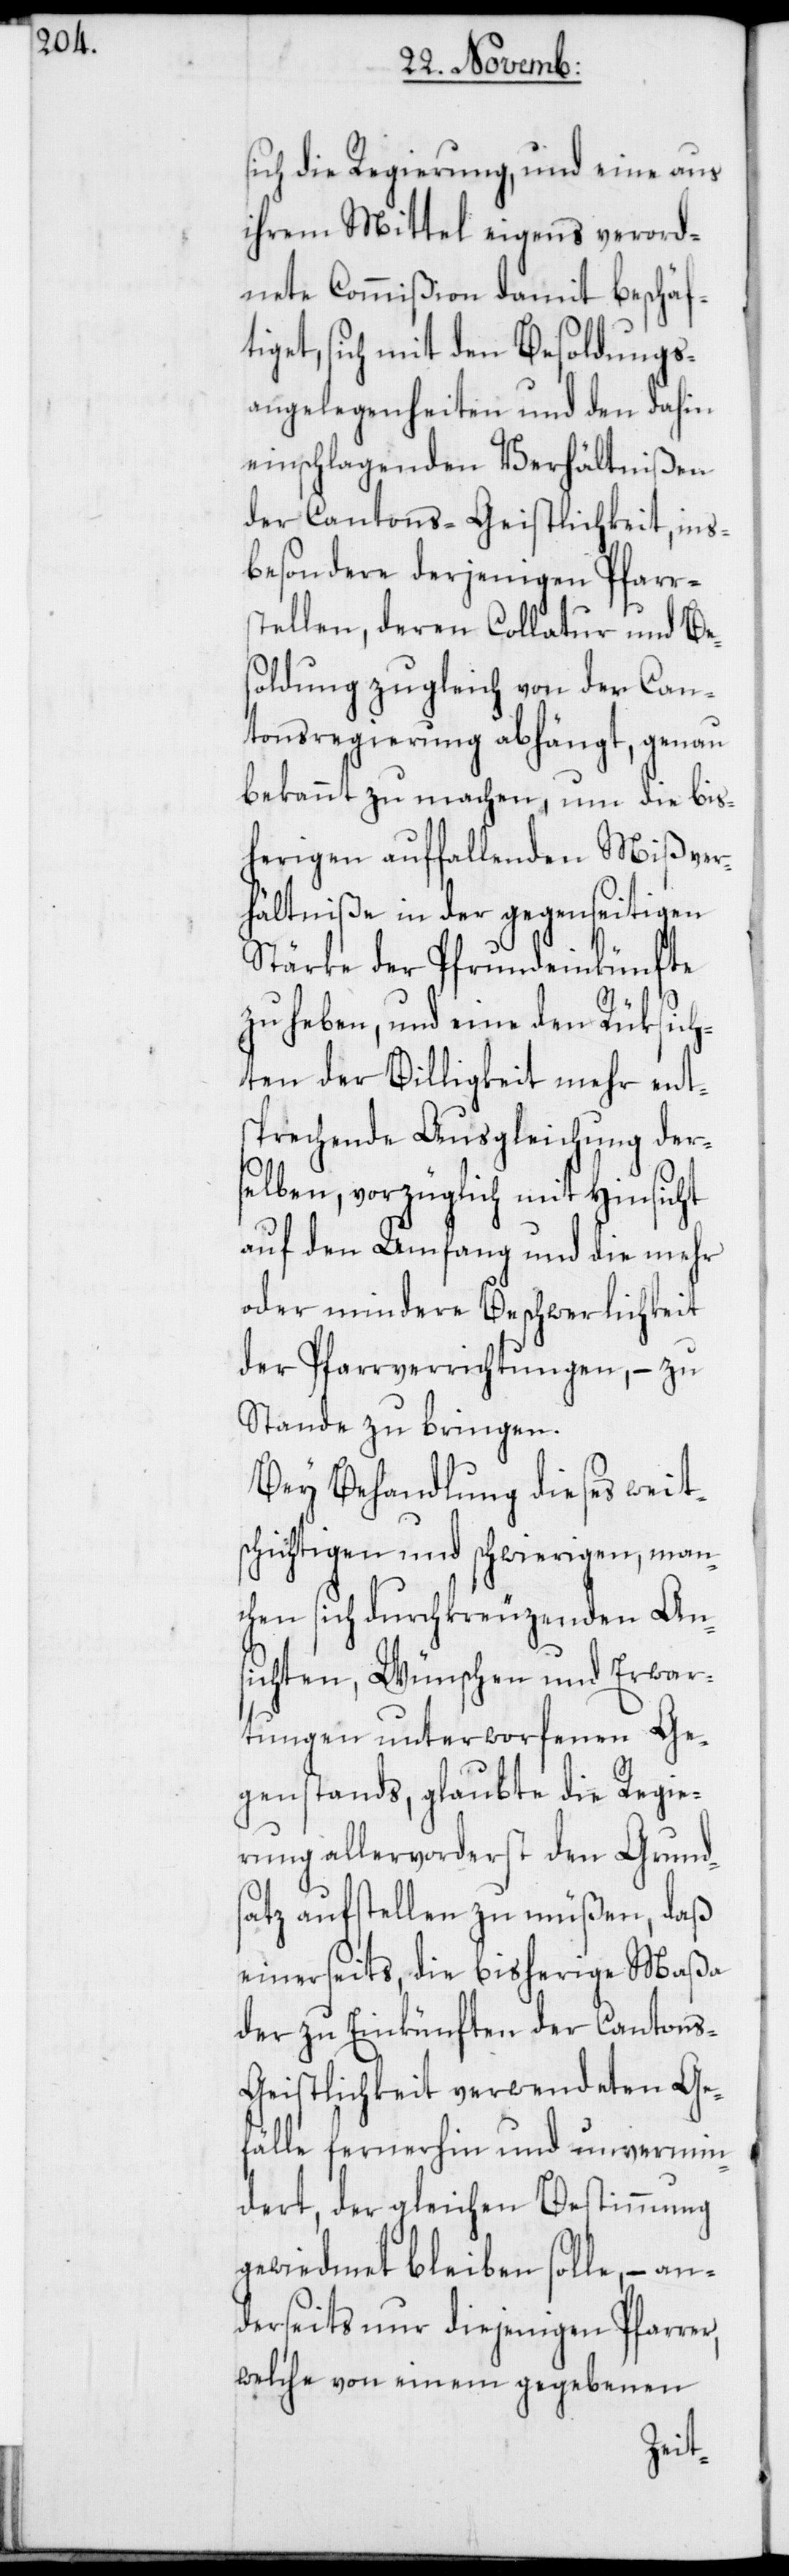
r,

sich die Regierung, und eine aus
ihrem Mittel eigens verord¬
nete Commißion damit beschäf¬
tiget, sich mit den Besoldungs¬
angelegenheiten und den dahin
einschlagenden Verhältnißen
der Cantons-Geistlichkeit, ins¬
besondere derjenigen Pfarr¬
stellen, deren Collatur und Bes¬
oldung zugleich von der Can¬
tonsregierung abhängt, genau
bekannt zu machen, um die bis¬
herigen auffallenden Mißver¬
hältniße in der gegenseitigen
Stärke der Pfrundeinkünfte
zu heben, und eine den Rüksich¬
ten der Billigkeit mehr ent¬
sprechende Ausgleichung der¬
selben, vorzüglich mit Hinsicht
auf den Umfang und die mehr
oder mindere Beschwerlichkeit
der Pfarrverrichtungen, – zu
Stande zu bringen.
Bey Behandlung dieses weit¬
schichtigen und schwierigen, man¬
chen sich durchkreuzenden An¬
sichten, Wünschen und Erwar¬
tungen unterworfenen Ge¬
genstands, glaubte die Regie¬
rung allervorderst den Grund¬
satz aufstellen zu müßen, daß
einerseits, die bisherige Maßa
der zu Einkünften der Canton¬
s-Geistlichkeit verwendeten Ge¬
fälle fernerhin und unvermin¬
dert, der gleichen Bestimmung
gewiedmet bleiben solle, – a¬
nderseits nur diejenigen Pfarre¬
welche von einem gegebenen